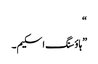
“
”ہاؤسنگ اسکیم۔